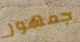
جمهور